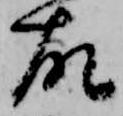
故